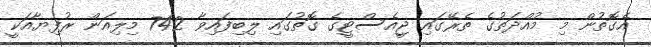
އެގޮތުން މި މުއްދަތުގެ ތެރޭގައި ޖީއެސްޓީގެ ގޮތުގައި ލިބިފައިވާ 742 މިލިއަން ރުފިޔާއަކީ